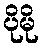
ပိုမို